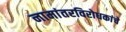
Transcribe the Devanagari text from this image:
नामांतरविरोधकांचे